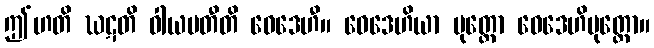
ဤဟတိ ဃဋတိ ဝါယမတီတိ ဝေဒေဟီ။ ဝေဒေဟိယာ ပုတ္တော ဝေဒေဟိပုတ္တော။